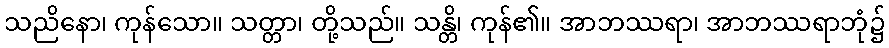
သညိနော၊ ကုန်သော။ သတ္တာ၊ တို့သည်။ သန္တိ၊ ကုန်၏။ အာဘဿရာ၊ အာဘဿရာဘုံ၌